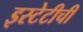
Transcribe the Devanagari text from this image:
इस्टेटीची